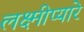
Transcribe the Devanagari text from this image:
लक्ष्मीप्यारे